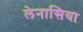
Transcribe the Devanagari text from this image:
लेनासिया